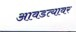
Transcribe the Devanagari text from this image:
आवडत्यावर